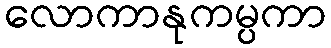
လောကာနုကမ္ပကာ